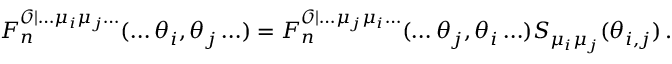
F _ { n } ^ { \mathcal { O } | \ldots \mu _ { i } \mu _ { j } \ldots } ( \ldots \theta _ { i } , \theta _ { j } \ldots ) = F _ { n } ^ { \mathcal { O } | \ldots \mu _ { j } \mu _ { i } \ldots } ( \ldots \theta _ { j } , \theta _ { i } \ldots ) S _ { \mu _ { i } \mu _ { j } } ( \theta _ { i , j } ) \, .